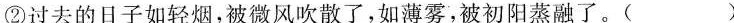
②过去的日子如轻烟，被微风吹散了，如薄雾，被初阳蒸融了。( )